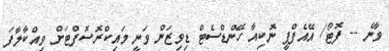
ވާނެ -- ފޮޓޯ/ އޭއެފްޕީ ނޮކިއާ ހޭންޑްސެޓް ޑިވިޒަން ވަނީ މައިކްރޮސޮފްޓަށް ވިއްކާލާފަ